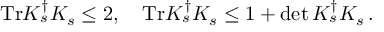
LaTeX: \mathrm { T r } K _ { s } ^ { \dagger } K _ { s } \leq 2 , \quad \mathrm { T r } K _ { s } ^ { \dagger } K _ { s } \leq 1 + \operatorname * { d e t } K _ { s } ^ { \dagger } K _ { s } \, .